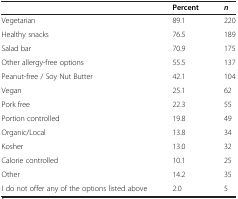
|  | Percent | n |
 | --- | --- | --- |
 | Vegetarian | 89.1 | 220 |
 | Healthy snacks | 76.5 | 189 |
 | Salad bar | 70.9 | 175 |
 | Other allergy-free options | 55.5 | 137 |
 | Peanut-free / Soy Nut Butter | 42.1 | 104 |
 | Vegan | 25.1 | 62 |
 | Pork free | 22.3 | 55 |
 | Portion controlled | 19.8 | 49 |
 | Organic/Local | 13.8 | 34 |
 | Kosher | 13.0 | 32 |
 | Calorie controlled | 10.1 | 25 |
 | Other | 14.2 | 35 |
 | I do not offer any of the options listed above | 2.0 | 5 |